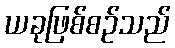
ယခုဖြစ်စဉ်သည်